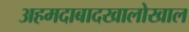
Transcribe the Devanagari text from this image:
अहमदाबादखालोखाल